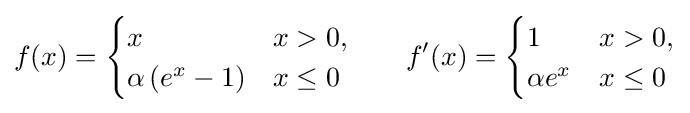
f(x)={\begin{cases}x&x>0,\\\alpha \left(e^{x}-1\right)&x\leq 0\end{cases}}\qquad f'(x)={\begin{cases}1&x>0,\\\alpha e^{x}&x\leq 0\end{cases}}